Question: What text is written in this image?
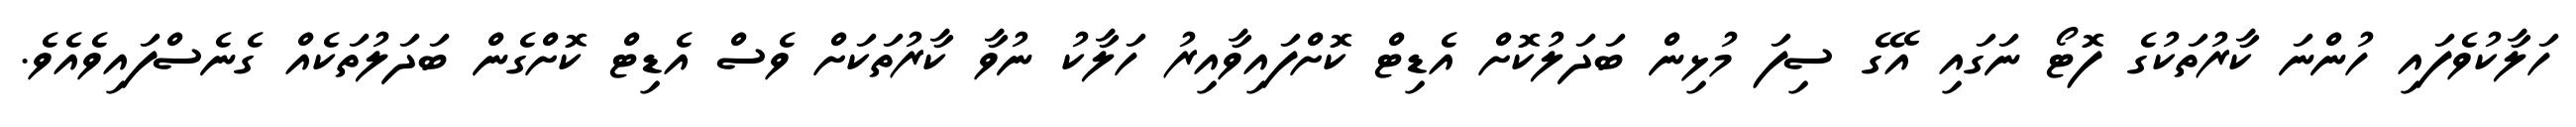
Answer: ހަލާކުވެފައި ހުންނަ ކާރުތަކުގެ ފޮޓޯ ނަގައި އޭގެ ސިފަ މުޅިން ބަދަލުކޮށް އެޑިޓް ކޮށްފައިވާއިރު ހަލާކު ނުވާ ކާރުތަކަށް ވެސް އެޑިޓް ކޮށްގެން ބަދަލުތަކެއް ގެނެސްފައިވެއެވެ.